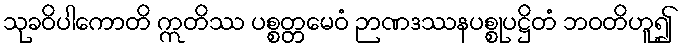
သုခဝိပါကောတိ ဣတိဿ ပစ္စတ္တမေဝံ ဉာဏဒဿနပစ္စုပဋ္ဌိတံ ဘဝတိဟူ၍